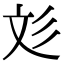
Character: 彣